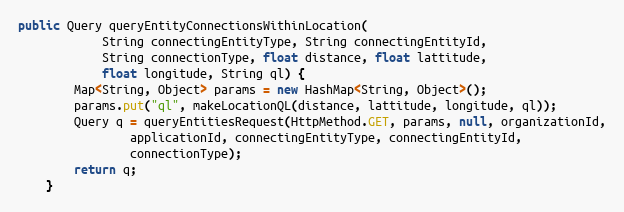
Language: Java
public Query queryEntityConnectionsWithinLocation(
            String connectingEntityType, String connectingEntityId,
            String connectionType, float distance, float lattitude,
            float longitude, String ql) {
        Map<String, Object> params = new HashMap<String, Object>();
        params.put("ql", makeLocationQL(distance, lattitude, longitude, ql));
        Query q = queryEntitiesRequest(HttpMethod.GET, params, null, organizationId,
                applicationId, connectingEntityType, connectingEntityId,
                connectionType);
        return q;
    }